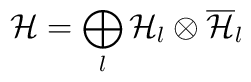
{\cal H}= \bigoplus_{l} {\cal H}_{l} \otimes \overline{\cal H}_{l}